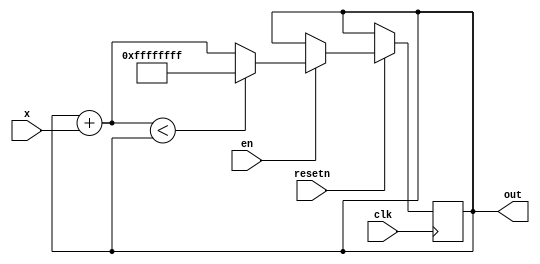
module counter #(
    parameter WIDTH = 32
) (
    input clk,
    input resetn,
    input en,
    input [WIDTH-1:0] x,
    output [WIDTH-1:0] out,
);

reg [WIDTH-1:0] counter;

always @(posedge clk) begin
    if (!resetn) begin
        /* do nothing */
    end else if (en) begin
        counter <= (counter + x < counter) ? 32'hffff_ffff : (counter + x);
    end
end

assign out = counter;

endmodule